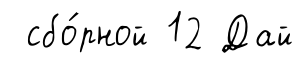
сбо́рной 12 Дай